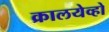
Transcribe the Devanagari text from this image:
क्रालयेव्हो